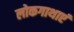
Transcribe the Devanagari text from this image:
लोकगाथाएं